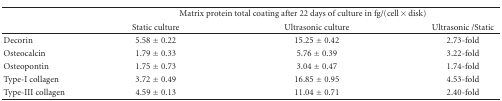
<table><thead><tr><td></td><td colspan="3"><b>Matrix protein total coating after 22 days of culture in fg/(cell × disk)</b></td></tr><tr><td></td><td><b>Static culture</b></td><td><b>Ultrasonic culture</b></td><td><b>Ultrasonic /Static</b></td></tr></thead><tbody><tr><td>Decorin</td><td>5.58 ± 0.22</td><td>15.25 ± 0.42</td><td>2.73-fold</td></tr><tr><td>Osteocalcin</td><td>1.79 ± 0.33</td><td>5.76 ± 0.39</td><td>3.22-fold</td></tr><tr><td>Osteopontin</td><td>1.75 ± 0.73</td><td>3.04 ± 0.47</td><td>1.74-fold</td></tr><tr><td>Type-I collagen</td><td>3.72 ± 0.49</td><td>16.85 ± 0.95</td><td>4.53-fold</td></tr><tr><td>Type-III collagen</td><td>4.59 ± 0.13</td><td>11.04 ± 0.71</td><td>2.40-fold</td></tr></tbody></table>